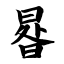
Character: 晷